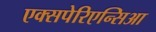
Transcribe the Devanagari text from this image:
एक्सपेरिएन्सिआ